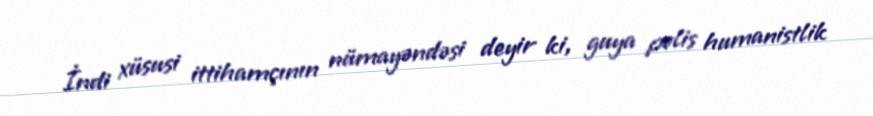
İndi xüsusi ittihamçının nümayəndəsi deyir ki, guya polis humanistlik